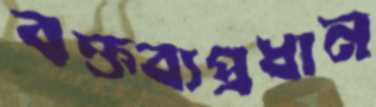
বক্তব্যপ্রধান